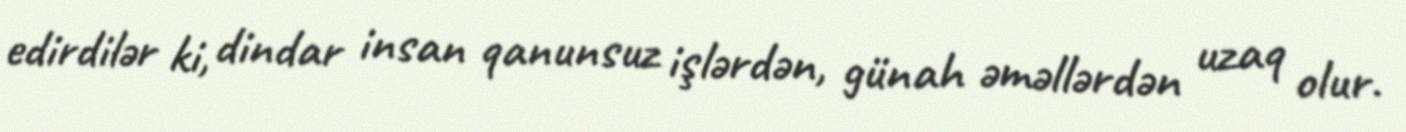
edirdilər ki, dindar insan qanunsuz işlərdən, günah əməllərdən uzaq olur.